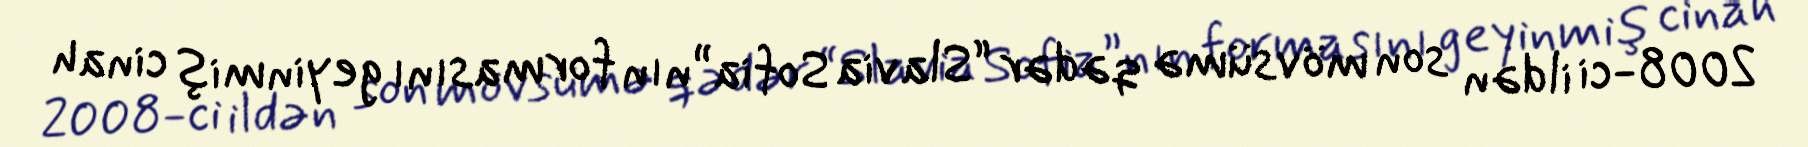
2008-ci ildən son mövsümə qədər “Slavia Sofia”nın formasını geyinmiş cinah